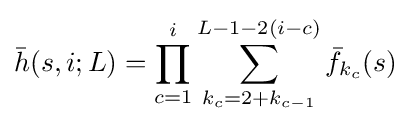
{\bar {h}}(s,i;L)=\prod _{c=1}^{i}\sum _{k_{c}=2+k_{c-1}}^{L-1-2(i-c)}{\bar {f}}_{k_{c}}(s)